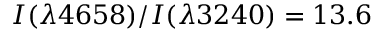
I ( \lambda 4 6 5 8 ) / I ( \lambda 3 2 4 0 ) = 1 3 . 6